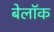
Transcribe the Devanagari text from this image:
बेलॉक